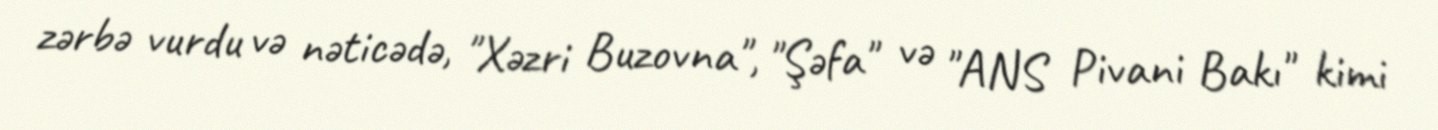
zərbə vurdu və nəticədə, "Xəzri Buzovna", "Şəfa" və "ANS Pivani Bakı" kimi